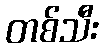
တစ်သီး